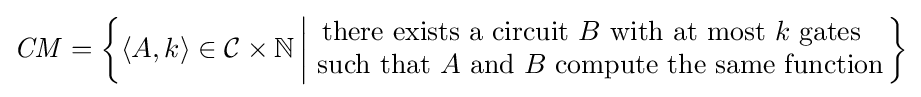
{\mathit {CM}}=\left\{\langle A,k\rangle \in {\mathcal {C}}\times \mathbb {N} \left|{\begin{matrix}{\text{there exists a circuit }}B{\text{ with at most }}k{\text{ gates }}\\{\text{ such that }}A{\text{ and }}B{\text{ compute the same function}}\end{matrix}}\right.\right\}